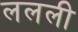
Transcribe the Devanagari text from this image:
ललली